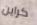
كراين